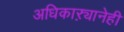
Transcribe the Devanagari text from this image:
अधिकाऱ्यानेही